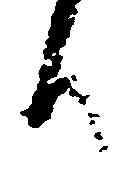
り